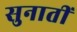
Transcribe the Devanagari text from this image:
सुनातीं